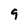
Character: 9